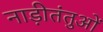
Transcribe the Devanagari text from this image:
नाड़ीतंतुओं